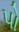
પો